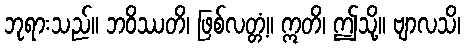
ဘုရားသည်။ ဘဝိဿတိ၊ ဖြစ်လတ္တံ့။ ဣတိ၊ ဤသို့။ ဗျာလသိ၊